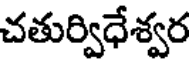
చతుర్విధేశ్వర